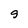
Character: 9